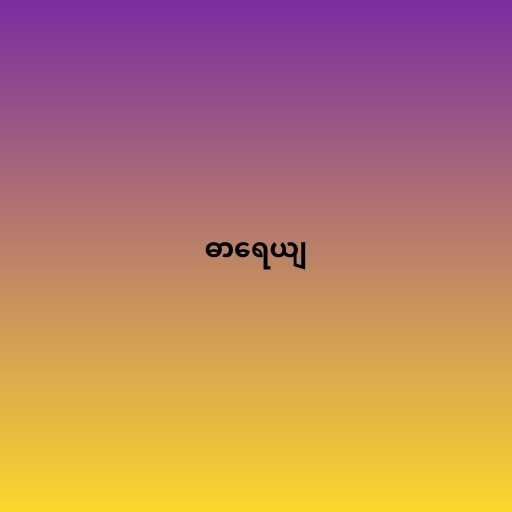
ဓာရေယျ